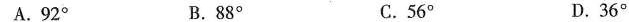
A.92° B.88° C.56° D.36°|2'2第5题图